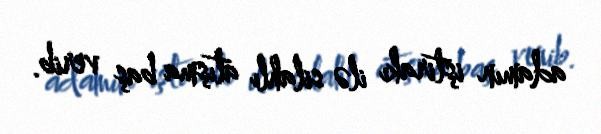
adamın iştirakı ilə silahlı atışma baş verib.